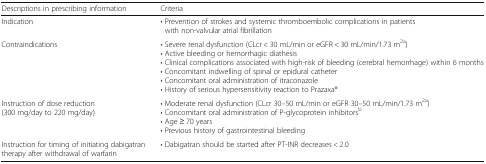
<table><thead><tr><td><b>Descriptions in prescribing information</b></td><td><b>Criteria</b></td></tr></thead><tbody><tr><td>Indication</td><td>• Prevention of strokes and systemic thromboembolic complications in patients with non-valvular atrial fibrillation</td></tr><tr><td>Contraindications</td><td>• Severe renal dysfunction (CLcr &lt; 30 mL/min or eGFR &lt; 30 mL/min/1.73 m<sup>2a</sup>)• Active bleeding or hemorrhagic diathesis• Clinical complications associated with high-risk of bleeding (cerebral hemorrhage) within 6 months• Concomitant indwelling of spinal or epidural catheter• Concomitant oral administration of itraconazole• History of serious hypersensitivity reaction to Prazaxa®</td></tr><tr><td>Instruction of dose reduction (300 mg/day to 220 mg/day)</td><td>• Moderate renal dysfunction (CLcr 30–50 mL/min or eGFR 30–50 mL/min/1.73 m<sup>2a</sup>)• Concomitant oral administration of P-glycoprotein inhibitors<sup>b</sup>• Age ≥ 70 years• Previous history of gastrointestinal bleeding</td></tr><tr><td>Instruction for timing of initiating dabigatran therapy after withdrawal of warfarin</td><td>• Dabigatran should be started after PT-INR decreases &lt; 2.0</td></tr></tbody></table>